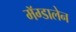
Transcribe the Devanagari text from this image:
मॅग्डालेन